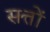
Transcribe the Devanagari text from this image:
सत्तों